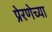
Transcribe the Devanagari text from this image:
प्रेरणेच्या